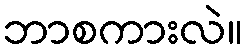
ဘာစကားလဲ။